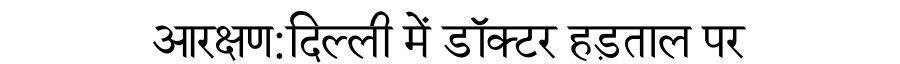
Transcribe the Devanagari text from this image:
आरक्षण:दिल्ली में डॉक्टर हड़ताल पर